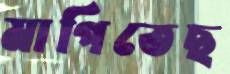
মাপিতেছ